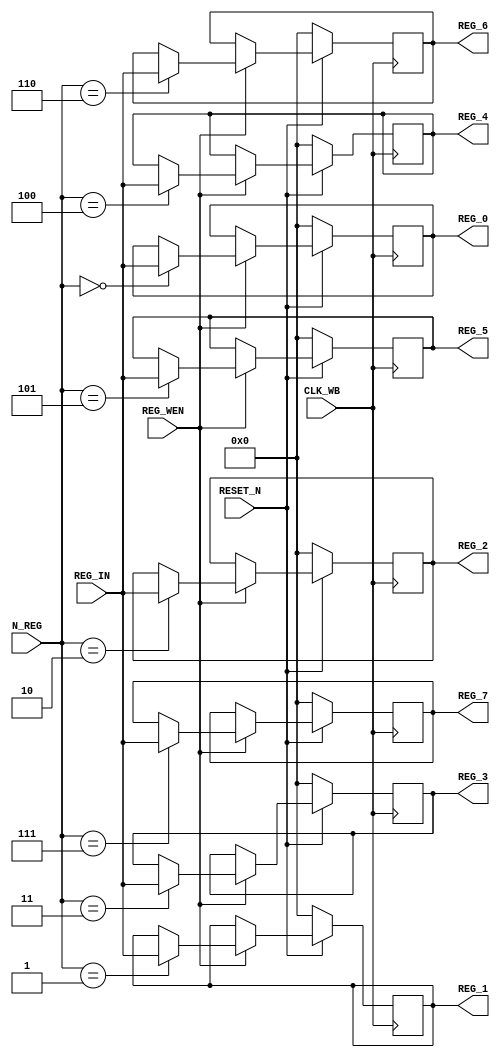


module reg_wb(CLK_WB, RESET_N, N_REG, REG_IN, REG_WEN, REG_0, REG_1, REG_2,
              REG_3, REG_4, REG_5, REG_6, REG_7);

    input         CLK_WB;
    input         RESET_N;
    input [2:0]   N_REG;
    input [15:0]  REG_IN;
    input         REG_WEN;
    output [15:0] REG_0;
    output [15:0] REG_1;
    output [15:0] REG_2;
    output [15:0] REG_3;
    output [15:0] REG_4;
    output [15:0] REG_5;
    output [15:0] REG_6;
    output [15:0] REG_7;

    reg [15:0]    REG_0;
    reg [15:0]    REG_1;
    reg [15:0]    REG_2;
    reg [15:0]    REG_3;
    reg [15:0]    REG_4;
    reg [15:0]    REG_5;
    reg [15:0]    REG_6;
    reg [15:0]    REG_7;

    always@(posedge CLK_WB) begin

        if(RESET_N == 1'b0) begin
            REG_0 <= 0;
            REG_1 <= 0;
            REG_2 <= 0;
            REG_3 <= 0;
            REG_4 <= 0;
            REG_5 <= 0;
            REG_6 <= 0;
            REG_7 <= 0;
        end else begin

            if(REG_WEN) begin

                case(N_REG)
                    3'h0: REG_0 <= REG_IN;
                    3'h1: REG_1 <= REG_IN;
                    3'h2: REG_2 <= REG_IN;
                    3'h3: REG_3 <= REG_IN;
                    3'h4: REG_4 <= REG_IN;
                    3'h5: REG_5 <= REG_IN;
                    3'h6: REG_6 <= REG_IN;
                    3'h7: REG_7 <= REG_IN;
                endcase // case (N_REG)
                
            end // if (REG_WEN)

        end // else: !if(RESET_N)
        
    end // always@ (posedge CLK_WB)
    
endmodule // reg_wb